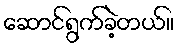
ဆောင်ရွက်ခဲ့တယ်။